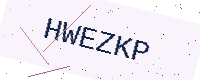
Text: HWEZKP